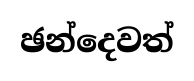
ඡන්දෙවත්